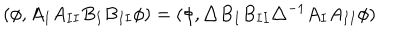
( \phi , A _ { I } A _ { I I } B _ { I } B _ { I I } \phi ) = ( \phi , \triangle B _ { I } B _ { I I } \triangle ^ { - 1 } A _ { I } A _ { I I } \phi )